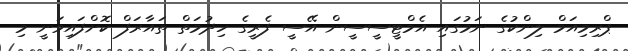
ޕްރިމިއަމް ލިންކުގެ ނަމުގައި އެމްޓީސީސީން އޭސީ ފެރީގެ ހިދުމަތް ތައާރަފް ކޮށްފައިވަނީ މި